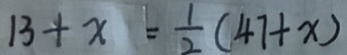
1 3 + x = \frac { 1 } { 2 } ( 4 7 + x )